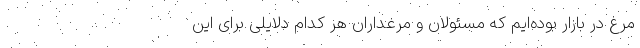
مرغ در بازار بوده‌ایم که مسئولان و مرغداران هر کدام دلایلی برای این